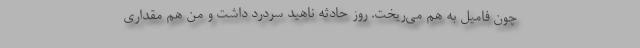
چون فامیل به هم می‌ریخت. روز حادثه ناهید سردرد داشت و من هم مقداری